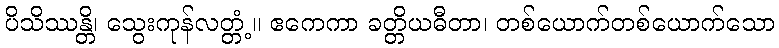
ပိသိဿန္တိ၊ သွေးကုန်လတ္တံ့။ ဧကေကာ ခတ္တိယဓီတာ၊ တစ်ယောက်တစ်ယောက်သော